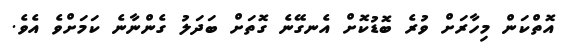
އޮތްކަން މިހާރަށް ވުރެ ބޮޑުކޮށް އެނގޭނެ ގޮތަށް ބަދަލު ގެންނާނެ ކަމަށްވެ އެވެ.